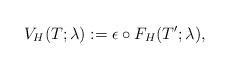
LaTeX: \begin{align*} V_H(T; \lambda) := \epsilon \circ F_H(T'; \lambda),\end{align*}